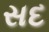
સદ